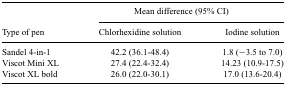
|  | <COLSPAN=2> Mean difference (95% CI) |
 | Type of pen | Chlorhexidine solution | Iodine solution |
 | --- | --- | --- |
 | Sandel 4-in-1 | 42.2 (36.1-48.4) | 1.8 (−3.5 to 7.0) |
 | Viscot Mini XL | 27.4 (22.4-32.4) | 14.23 (10.9-17.5) |
 | Viscot XL bold | 26.0 (22.0-30.1) | 17.0 (13.6-20.4) |